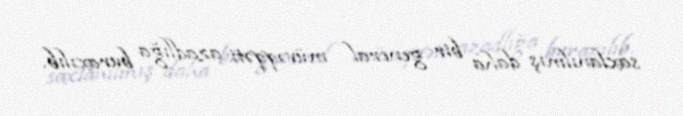
saxlanılmış daha bir general müvəqqəti azadlığa buraxılıb.